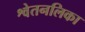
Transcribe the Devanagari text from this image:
श्वेतनलिका